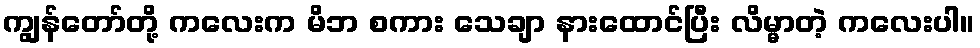
ကျွန်တော်တို့ ကလေးက မိဘ စကား သေချာ နားထောင်ပြီး လိမ္မာတဲ့ ကလေးပါ။